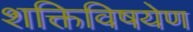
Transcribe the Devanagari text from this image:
शक्तिविषयेण